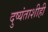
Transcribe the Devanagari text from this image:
दुष्यंताशीही